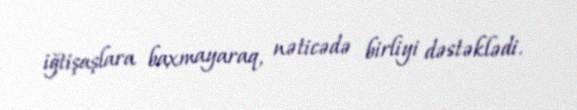
iğtişaşlara baxmayaraq, nəticədə birliyi dəstəklədi.